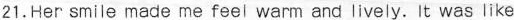
21.Her smile made me feel warm and lively. It was like